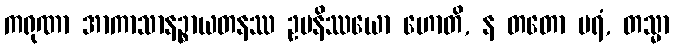
ကရုဏာ အာကာသာနဉ္စာယတနဿ ဥပနိဿယော ဟောတိ, န တတော ပရံ, တသ္မာ